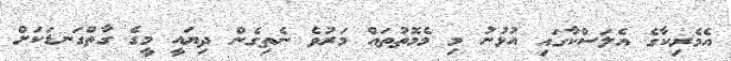
އެމެރިކާގެ އެލަސްކާގައި އުޅުނު މި މެމޮތުތައް މަރުވެ ނެތިގެން ދިޔައީ މީގެ ގާތްގަނޑަކަށް